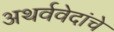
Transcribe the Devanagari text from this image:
अथर्ववेदांचे